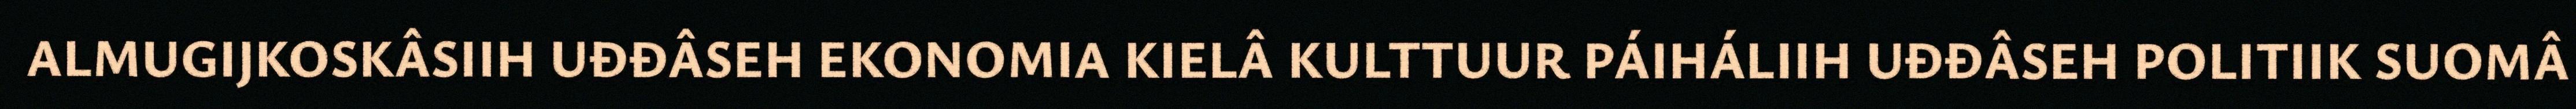
ALMUGIJKOSKÂSIIH UĐĐÂSEH EKONOMIA KIELÂ KULTTUUR PÁIHÁLIIH UĐĐÂSEH POLITIIK SUOMÂ